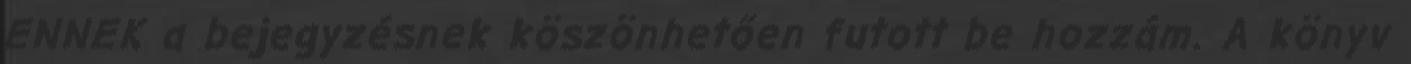
ENNEK a bejegyzésnek köszönhetően futott be hozzám. A könyv